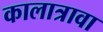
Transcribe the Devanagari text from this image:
कालात्रावा